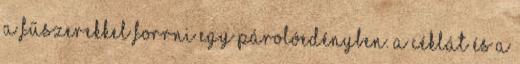
a fűszerekkel forrni egy párolóedényben. A céklát és a